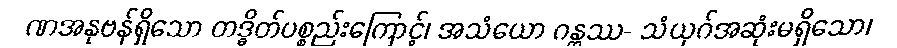
ဏအနုဗန်ရှိသော တဒ္ဓိတ်ပစ္စည်းကြောင့်၊ အသံယော ဂန္တဿ- သံယုဂ်အဆုံးမရှိသော၊